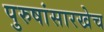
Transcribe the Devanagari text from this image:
पुरुषांसारखेच